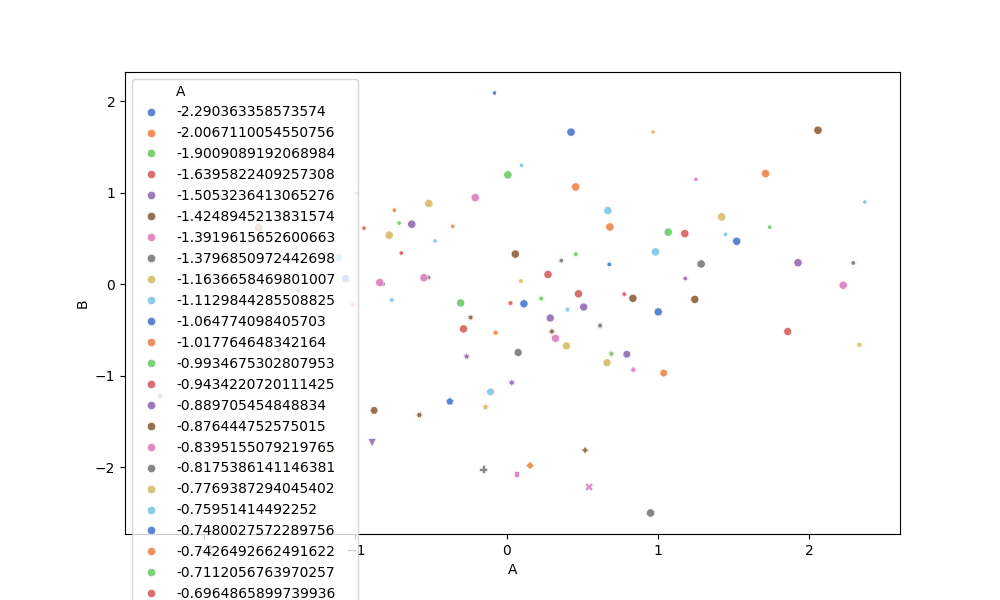
python, seaborn, scatterplot, hue='A', style='B', size='None', palette='muted', alpha=0.9